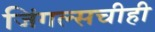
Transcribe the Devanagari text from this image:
जिंगल्सचीही